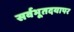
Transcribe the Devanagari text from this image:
सर्वभूतदयापर